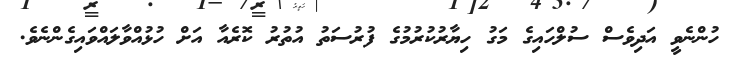
ހުންނެވީ އަދިވެސް ސުލްހައިގެ މަގު ހިޔާރުކުރުމުގެ ފުރުސަތު އުތުރު ކޮރެއާ އަށް ހުޅުއްވާލައްވައިގެންނެވެ.